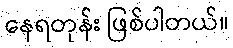
နေရတုန်း ဖြစ်ပါတယ်။